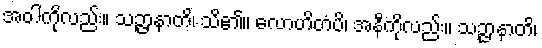
အဝါကိုလည်း။ သဉ္ဇာနာတိ၊ သိ၏။ လောဟိတံပိ၊ အနီကိုလည်း။ သဉ္ဇာနာတိ၊